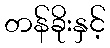
တန်ခိုးနှင့်